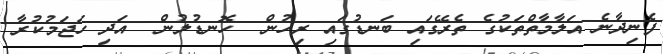
ފެނިދާނެ އަލާމާތްތަކުގެ ތެރޭގައި ބަނޑުގައި ރިހުން  ހޮނޑުލުން  އަދި ހަޖަމުކުރާ